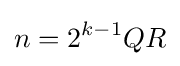
n=2^{k-1}QR